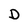
Character: D